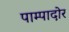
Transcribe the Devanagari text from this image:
पाम्पादोर